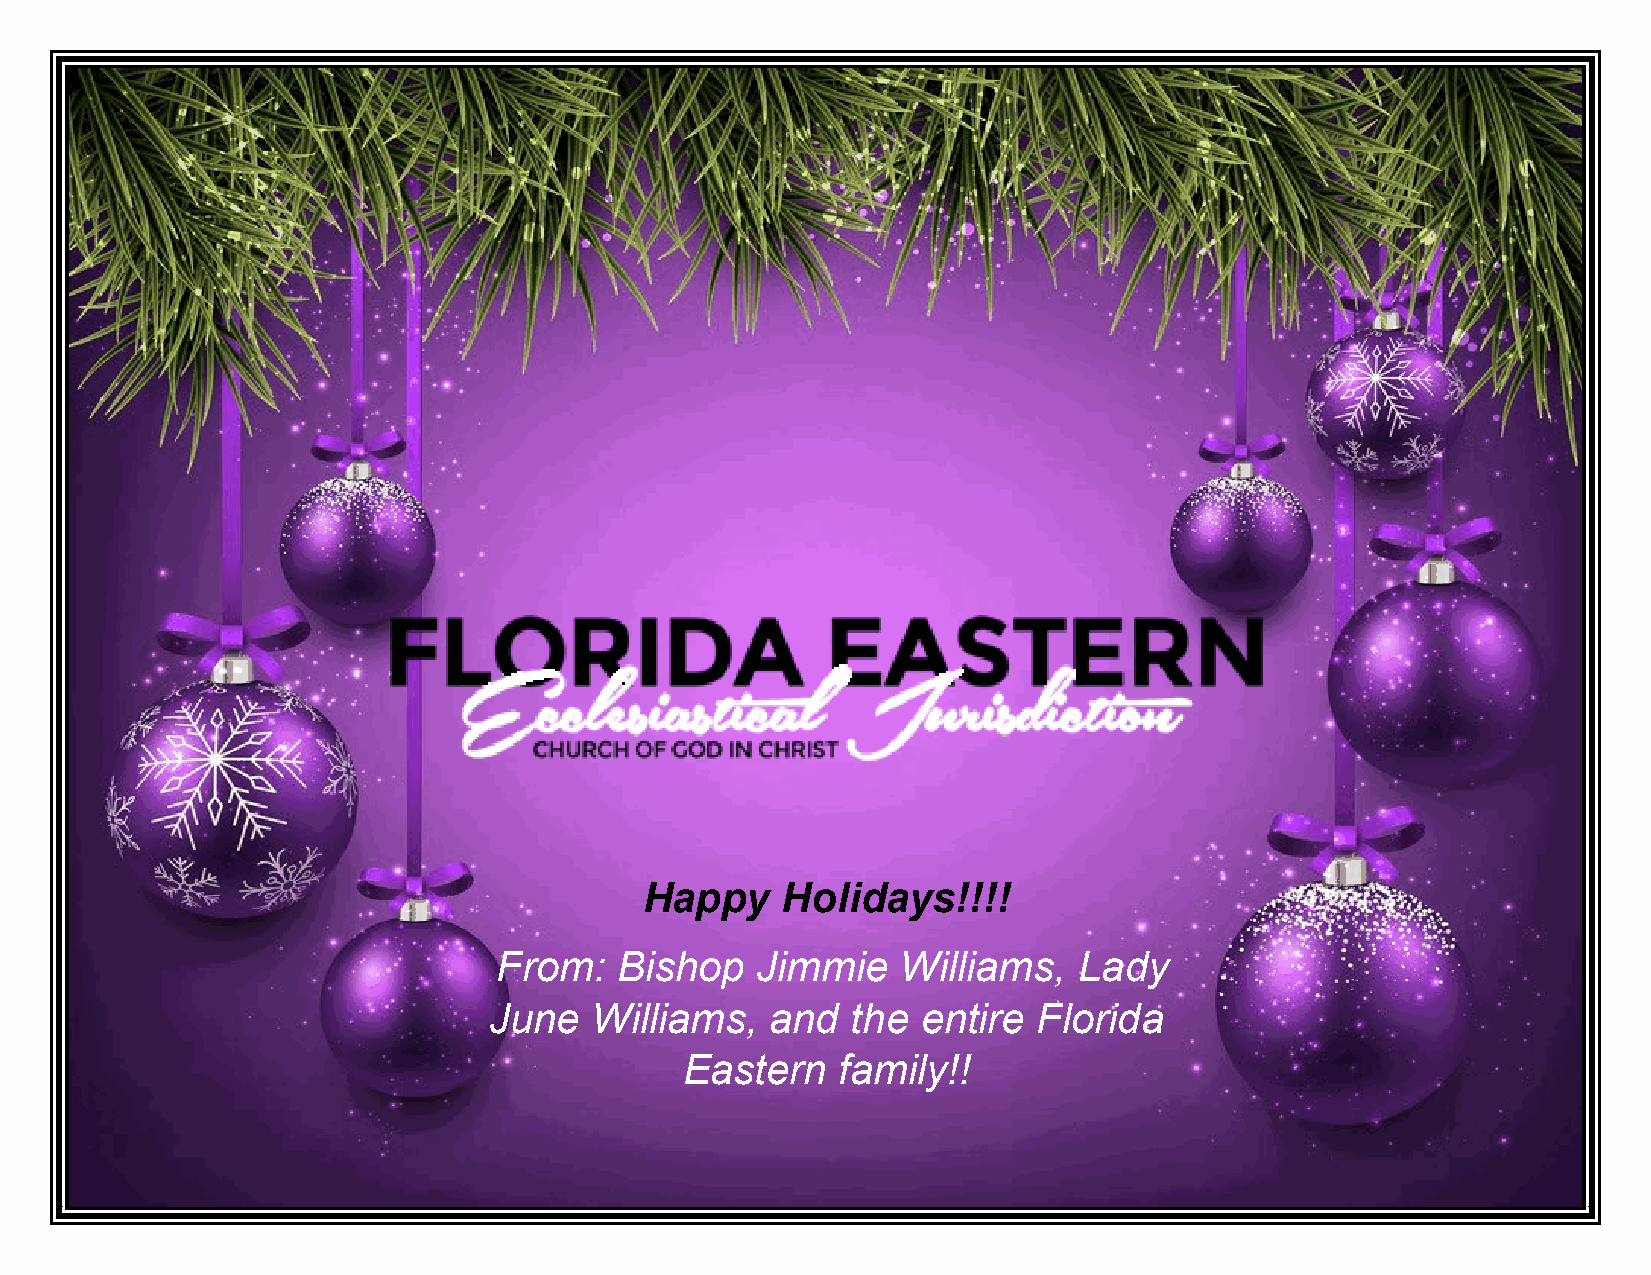
Happy    Holidays!!!!
 From:   Bishop   Jimmie    Williams,  Lady
 June   Williams,   and  the  entire  Florida
 Eastern   family!!